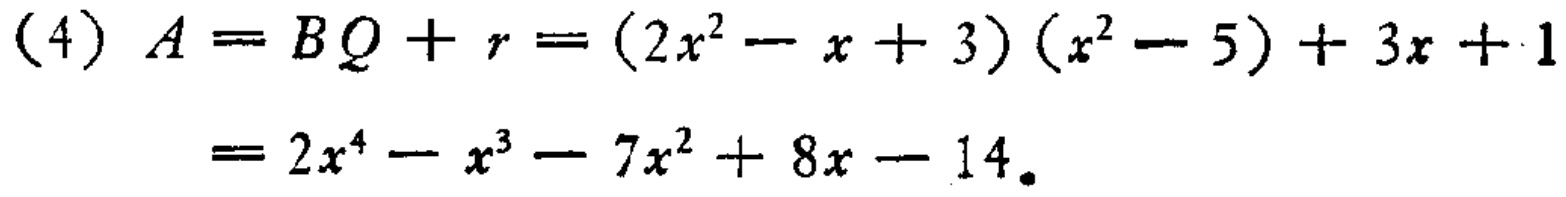
\begin{align*}

(4)\ A&=BQ + r=(2x^{2}-x + 3)(x^{2}-5)+3x + 1\\

&=2x^{4}-x^{3}-7x^{2}+8x-14。

\end{align*}